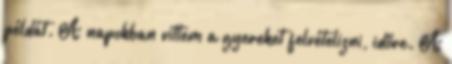
példát. A napokban vittem a gyereket felvételizni, időre. A